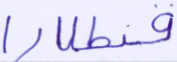
قنطارا